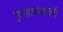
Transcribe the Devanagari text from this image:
गुन्ह्यांखाली